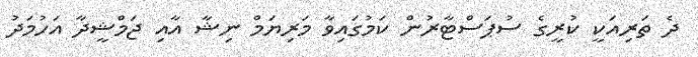
ދެ ތަރިއަކީ ކުރީގެ ސުޕަސްޓާރުން ކަމުގައިވާ މަރިޔަމް ނިޝާ އާއި ޖަމްޝީދާ އަހުމަދު